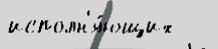
исполн'я́ющих